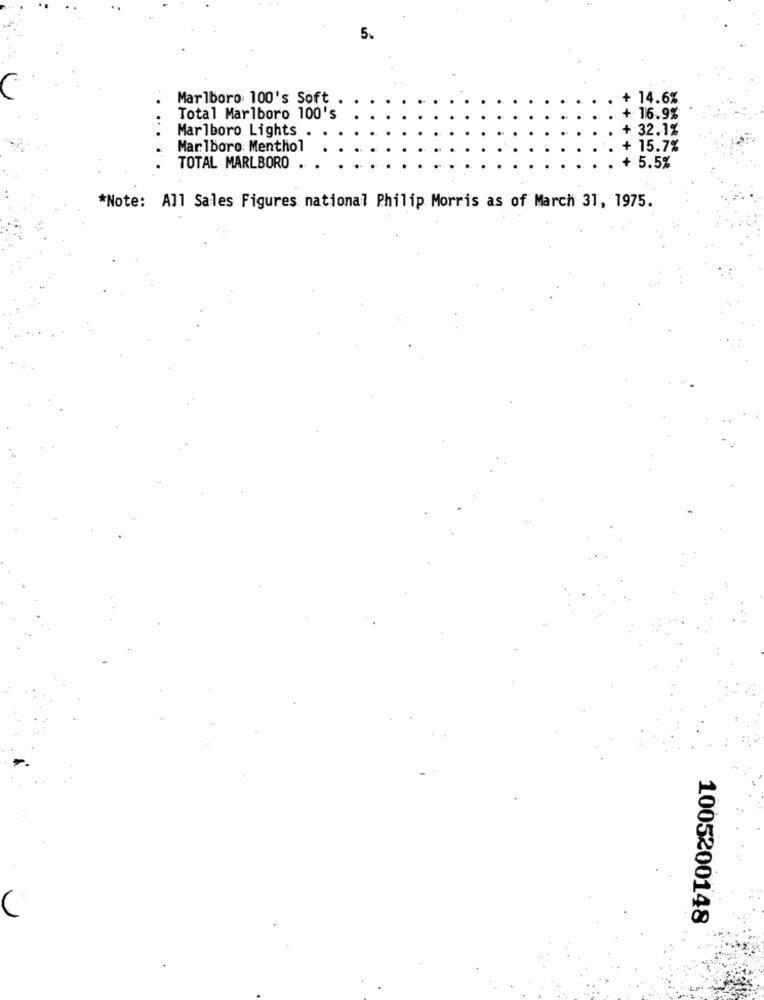
5.
Marlboro: 100's Soft
+ 14.6%
...
Total Marlboro 100's
+ 16.9%
Marlboro Lights
32.1%
Marlboro: Menthol
15.7%
5.5%
TOTAL MARLBORO
*Note: All Sales Figures national Philip Morris as of March 31, 1975.
1005200148